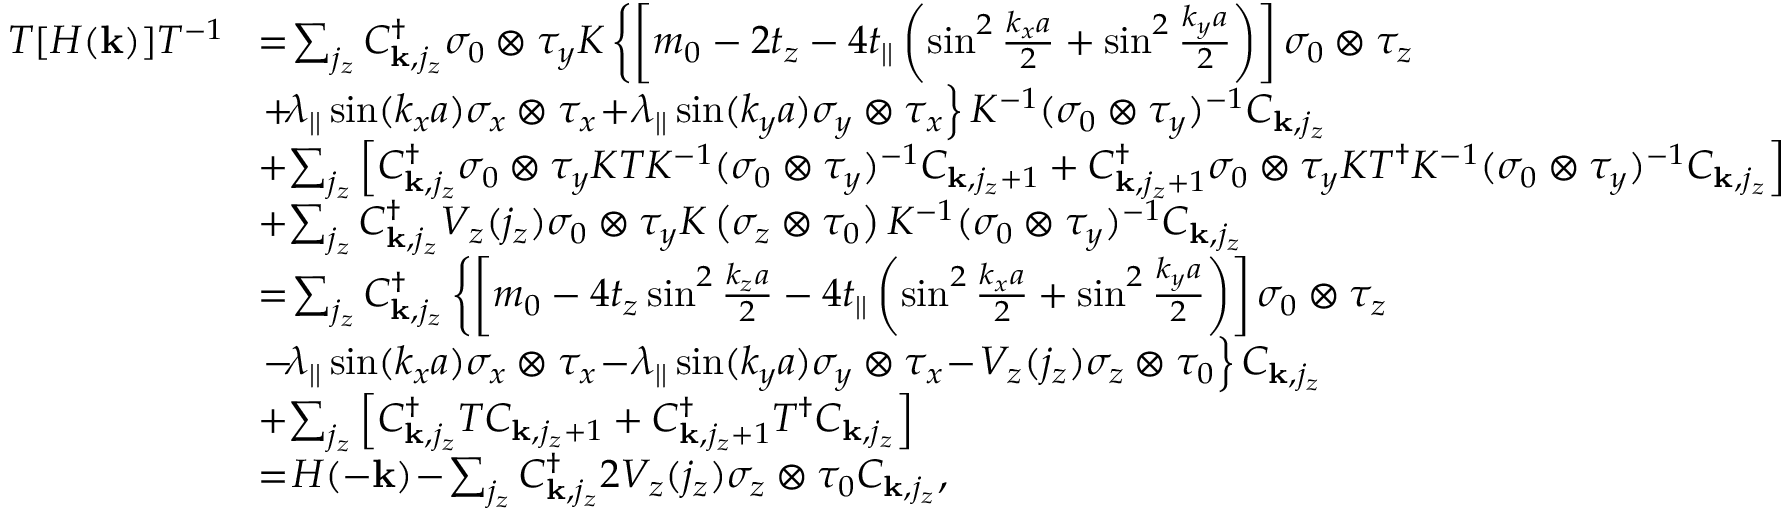
\begin{array} { r l } { { \cal T } [ H ( { \bf k } ) ] { \cal T } ^ { - 1 } } & { \! = \! \sum _ { j _ { z } } C _ { { \bf k } , j _ { z } } ^ { \dagger } \sigma _ { 0 } \otimes \tau _ { y } { \cal K } \left\{ \left[ m _ { 0 } - 2 t _ { z } - 4 t _ { | | } \left( \sin ^ { 2 } \frac { k _ { x } a } { 2 } + \sin ^ { 2 } \frac { k _ { y } a } { 2 } \right) \right] \sigma _ { 0 } \otimes \tau _ { z } \right. } \\ & { \left. \! + \! \lambda _ { | | } \sin ( k _ { x } a ) \sigma _ { x } \otimes \tau _ { x } \! + \! \lambda _ { | | } \sin ( k _ { y } a ) \sigma _ { y } \otimes \tau _ { x } \right\} { \cal K } ^ { - 1 } ( \sigma _ { 0 } \otimes \tau _ { y } ) ^ { - 1 } C _ { { \bf k } , j _ { z } } } \\ & { \! + \! \sum _ { j _ { z } } \left[ C _ { { \bf k } , j _ { z } } ^ { \dagger } \sigma _ { 0 } \otimes \tau _ { y } { \cal K } T { \cal K } ^ { - 1 } ( \sigma _ { 0 } \otimes \tau _ { y } ) ^ { - 1 } C _ { { \bf k } , j _ { z } + 1 } + C _ { { \bf k } , j _ { z } + 1 } ^ { \dagger } \sigma _ { 0 } \otimes \tau _ { y } { \cal K } T ^ { \dagger } { \cal K } ^ { - 1 } ( \sigma _ { 0 } \otimes \tau _ { y } ) ^ { - 1 } C _ { { \bf k } , j _ { z } } \right] } \\ & { \! + \! \sum _ { j _ { z } } C _ { { \bf k } , j _ { z } } ^ { \dagger } V _ { z } ( j _ { z } ) \sigma _ { 0 } \otimes \tau _ { y } { \cal K } \left( \sigma _ { z } \otimes \tau _ { 0 } \right) { \cal K } ^ { - 1 } ( \sigma _ { 0 } \otimes \tau _ { y } ) ^ { - 1 } C _ { { \bf k } , j _ { z } } } \\ & { \! = \! \sum _ { j _ { z } } C _ { { \bf k } , j _ { z } } ^ { \dagger } \left\{ \left[ m _ { 0 } - 4 t _ { z } \sin ^ { 2 } \frac { k _ { z } a } { 2 } - 4 t _ { | | } \left( \sin ^ { 2 } \frac { k _ { x } a } { 2 } + \sin ^ { 2 } \frac { k _ { y } a } { 2 } \right) \right] \sigma _ { 0 } \otimes \tau _ { z } \right. } \\ & { \left. \! - \! \lambda _ { | | } \sin ( k _ { x } a ) \sigma _ { x } \otimes \tau _ { x } \! - \! \lambda _ { | | } \sin ( k _ { y } a ) \sigma _ { y } \otimes \tau _ { x } \! - \! V _ { z } ( j _ { z } ) \sigma _ { z } \otimes \tau _ { 0 } \right\} C _ { { \bf k } , j _ { z } } } \\ & { \! + \! \sum _ { j _ { z } } \left[ C _ { { \bf k } , j _ { z } } ^ { \dagger } T C _ { { \bf k } , j _ { z } + 1 } + C _ { { \bf k } , j _ { z } + 1 } ^ { \dagger } T ^ { \dagger } C _ { { \bf k } , j _ { z } } \right] } \\ & { \! = \! H ( - { \bf k } ) \! - \! \sum _ { j _ { z } } C _ { { \bf k } , j _ { z } } ^ { \dagger } 2 V _ { z } ( j _ { z } ) \sigma _ { z } \otimes \tau _ { 0 } C _ { { \bf k } , j _ { z } } , } \end{array}